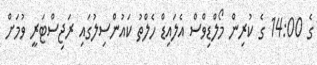
ގެ 14:00 ގެ ކުރިން މޯލްޑިވްސް އެލައިޑް ހެލްތު ކައުންސިލުގައި ރަޖިސްޓަރީ ވުމަށް